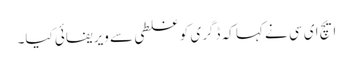
ایچ ای سی نے کہا کہ ڈگری کو غلطی سے ویریفائی کیا۔